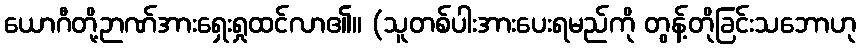
ယောဂီတို့ဉာဏ်အားရှေးရှုထင်လာ၏။ (သူတစ်ပါးအားပေးရမည်ကို တွန့်တိုခြင်းသဘောဟု